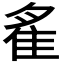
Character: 𨾞